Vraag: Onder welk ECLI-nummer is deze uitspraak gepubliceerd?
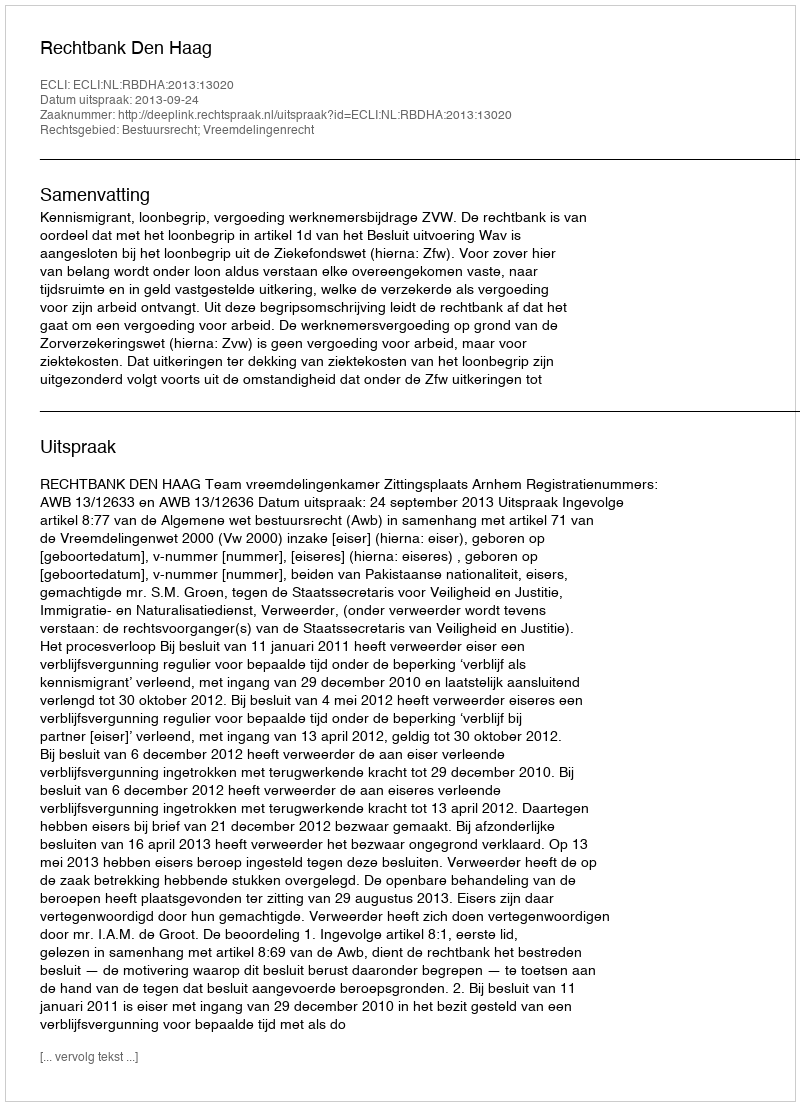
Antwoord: ECLI:NL:RBDHA:2013:13020